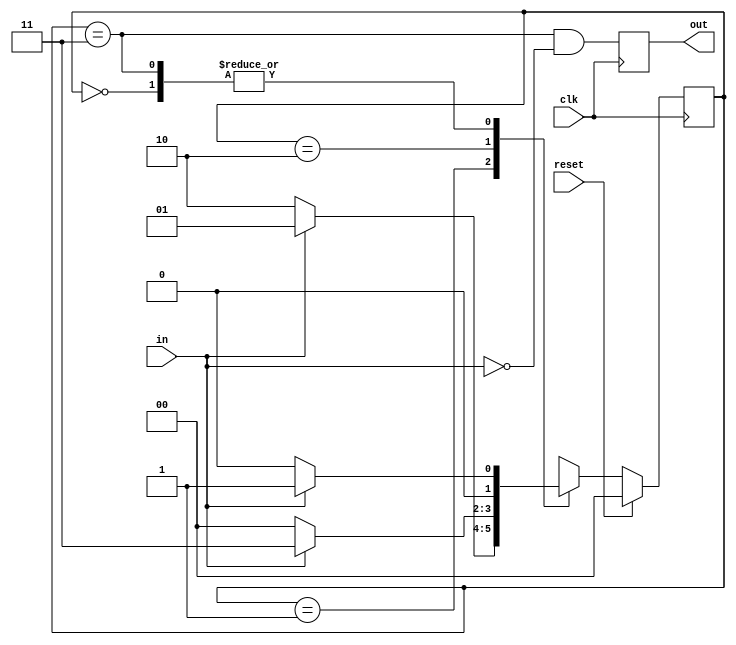
module patternmealy(reset,clk,in,out);
input in,clk,reset;
output reg out=1'b0;
reg[1:0]current,next;
parameter A=2'd0,B=2'd1,C=2'd2,D=2'd3;
always@(*)begin
    case(current)
    A: next<=in?B:A;
    B: next<=in?B:C;
    C: next<=in?D:A;
    D: next<=in?B:A;
    endcase
end
always@(posedge clk)begin
    if(reset)
    current<=A;
    else
    current<=next;
end
always@(posedge clk)begin
    out<=((current==D)&&(in==1'b0));
end
endmodule